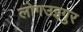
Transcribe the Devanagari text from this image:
लोगउइगुर